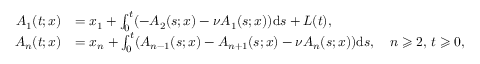
\begin{array} { r l } { A _ { 1 } ( t ; x ) } & { = x _ { 1 } + \int _ { 0 } ^ { t } ( - A _ { 2 } ( s ; x ) - \nu A _ { 1 } ( s ; x ) ) \mathrm { d } s + L ( t ) , } \\ { A _ { n } ( t ; x ) } & { = x _ { n } + \int _ { 0 } ^ { t } ( { A _ { n - 1 } ( s ; x ) } - A _ { n + 1 } ( s ; x ) - \nu A _ { n } ( s ; x ) ) \mathrm { d } s , \quad n \geqslant 2 , \, t \geqslant 0 , } \end{array}